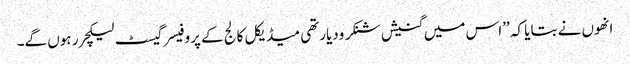
انھوں نے بتایا کہ ’’اس میں گنیش شنکر ودیارتھی میڈیکل کالج کے پروفیسر گیسٹ لیکچرر ہوں گے۔